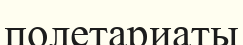
полетариаты